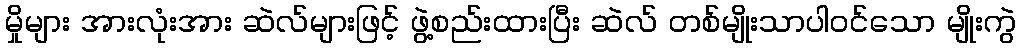
မှိုများ အားလုံးအား ဆဲလ်များဖြင့် ဖွဲ့စည်းထားပြီး ဆဲလ် တစ်မျိုးသာပါဝင်သော မျိုးကွဲ